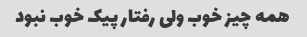
همه چیز خوب ولی رفتار پیک خوب نبود